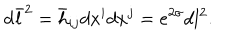
d \bar { l } ^ { 2 } = \bar { h } _ { i j } d x ^ { i } d x ^ { j } = e ^ { 2 \sigma } d l ^ { 2 } .